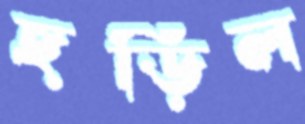
ছড়িল